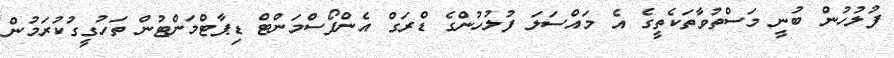
ފުލުހުން ބުނީ މަސްތުވާތަކެތީގެ އެ މައްސަލަ ފުލުހުންގެ ޑްރަގް އެންފޯސްމަންޓް ޑިޕާޓްމަންޓުން ތަހުގީގުކުރަމުން